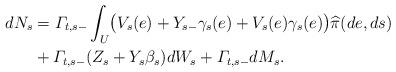
LaTeX: \begin{align*}dN_s&=\varGamma_{t,s-} \int_U\bigl(V_s(e) + Y_{s-} \gamma_s(e)+V_s(e)\gamma _s(e)\bigr) \widehat{\pi}(de,ds)\\& + \varGamma_{t,s-} (Z_s+Y_s\beta_s) dW_s+\varGamma_{t,s-}dM_s.\end{align*}